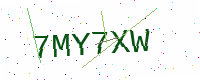
Text: 7MY7XW